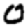
Digit: 0